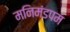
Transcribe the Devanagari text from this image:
मनिमंडपम